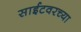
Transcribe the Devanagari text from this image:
साईटवरच्या